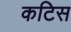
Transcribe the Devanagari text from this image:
कटिस